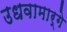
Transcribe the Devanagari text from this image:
उधवामार्गे